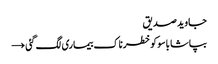
جاوید صدیق
بپاشا باسوکوخطرناک بیماری لگ گئی →